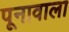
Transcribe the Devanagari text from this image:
पूनावाला